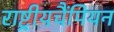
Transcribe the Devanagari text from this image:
राष्ट्रीयचैंपियन